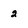
Character: 2